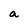
Character: a